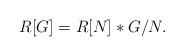
LaTeX: \begin{align*}R[G]=R[N]\ast G/N. \end{align*}